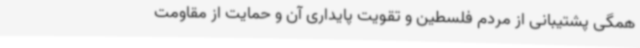
همگی پشتیبانی از مردم فلسطین و تقویت پایداری آن و حمایت از مقاومت